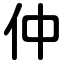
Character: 仲